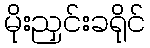
မိုးညှင်းခရိုင်